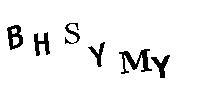
BHSYMY